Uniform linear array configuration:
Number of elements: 4
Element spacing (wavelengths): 1
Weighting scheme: binomial
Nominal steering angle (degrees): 15
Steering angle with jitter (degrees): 14.482
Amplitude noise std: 0.05
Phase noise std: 0.05

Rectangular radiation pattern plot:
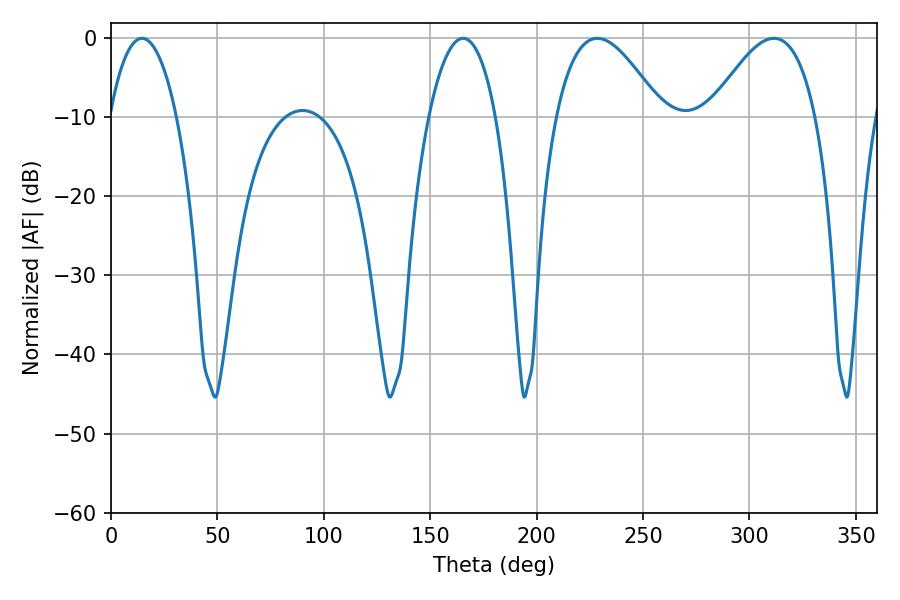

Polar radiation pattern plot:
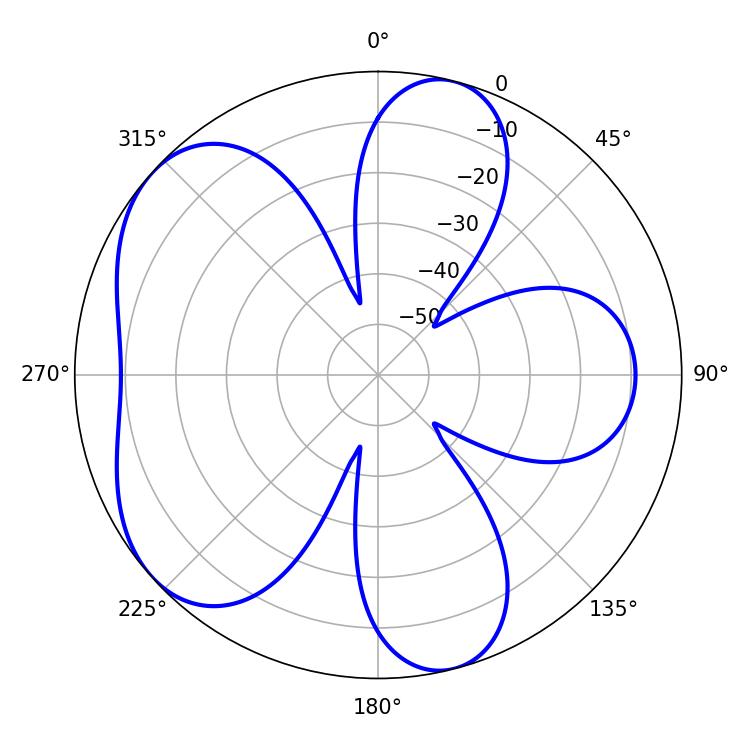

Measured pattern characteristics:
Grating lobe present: TRUE
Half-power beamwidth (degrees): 17.64
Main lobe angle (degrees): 14.58